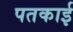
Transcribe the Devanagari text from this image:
पतकाई